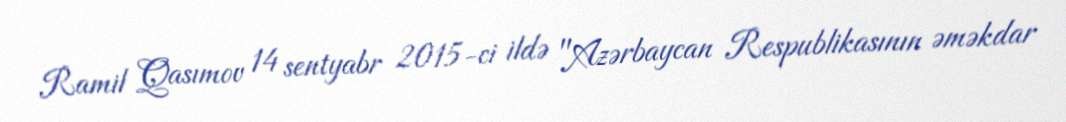
Ramil Qasımov 14 sentyabr 2015-ci ildə "Azərbaycan Respublikasının əməkdar